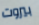
بيروت